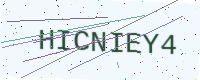
Text: HICNIEY4